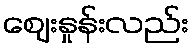
ဈေးနှုန်းလည်း